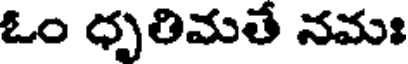
ఓం ధృతిమతే నమః